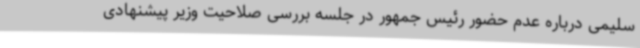
سلیمی درباره عدم حضور رئیس جمهور در جلسه بررسی صلاحیت وزیر پیشنهادی